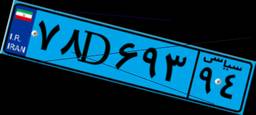
۶۰D۳۳۸۷۷